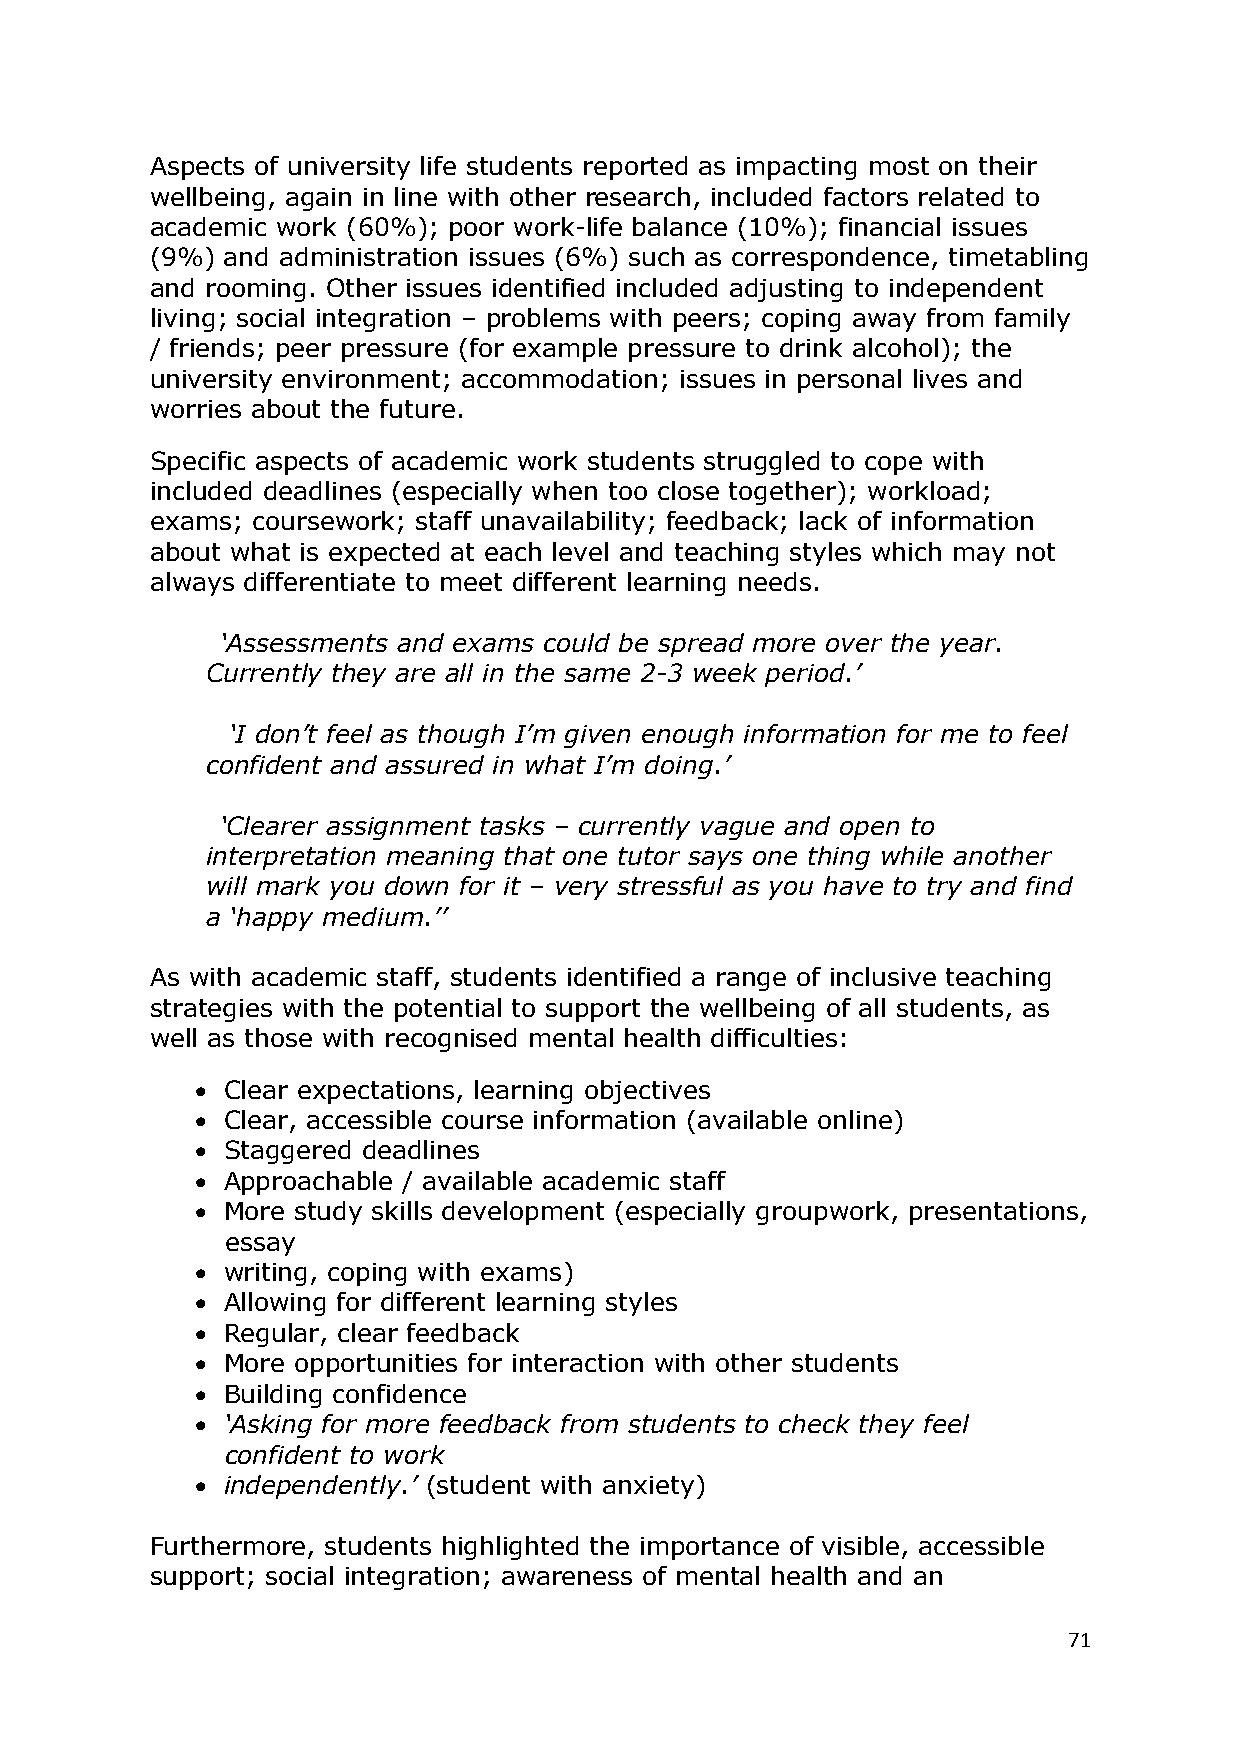
Aspects of university life students reported as impacting most on their
 wellbeing, again in line with other research, included factors related to
 academic work (60%); poor work-life balance (10%); financial issues
 (9%) and administration issues (6%) such as correspondence, timetabling
 and rooming. Other issues identified included adjusting to independent
 living; social integration – problems with peers; coping away from family
 / friends; peer pressure (for example pressure to drink alcohol); the
 university environment; accommodation; issues in personal lives and
 worries about the future.
 Specific aspects of academic work students struggled to cope with
 included deadlines (especially when too close together); workload;
 exams; coursework; staff unavailability; feedback; lack of information
 about what is expected at each level and teaching styles which may not
 always differentiate to meet different learning needs.
 ‗Assessments and exams could be spread more over the year.
 Currently they are all in the same 2-3 week period.‘
 ‗I don‘t feel as though I‘m given enough information for me to feel
 confident and assured in what I‘m doing.‘
 ‗Clearer assignment tasks – currently vague and open to
 interpretation meaning that one tutor says one thing while another
 will mark you down for it – very stressful as you have to try and find
 a ‗happy medium.‘‘
 As with academic staff, students identified a range of inclusive teaching
 strategies with the potential to support the wellbeing of all students, as
 well as those with recognised mental health difficulties:
  Clear expectations, learning objectives
  Clear, accessible course information (available online)
  Staggered deadlines
  Approachable / available academic staff
  More study skills development (especially groupwork, presentations,
 essay
  writing, coping with exams)
  Allowing for different learning styles
  Regular, clear feedback
  More opportunities for interaction with other students
  Building confidence
  ‗Asking for more feedback from students to check they feel
 confident to work
  independently.‘ (student with anxiety)
 Furthermore, students highlighted the importance of visible, accessible
 support; social integration; awareness of mental health and an
 71